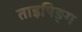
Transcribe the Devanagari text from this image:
ताइपिङ्ग